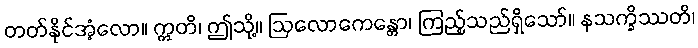
တတ်နိုင်အံ့လော။ ဣတိ၊ ဤသို့။ ဩလောကေန္တော၊ ကြည့်သည်ရှိသော်။ နသက္ခိဿတိ၊